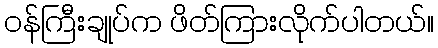
ဝန်ကြီးချုပ်က ဖိတ်ကြားလိုက်ပါတယ်။